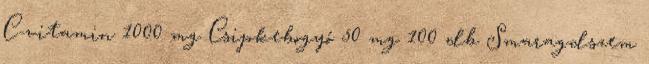
C-vitamin 1000 mg Csipkebogyó 50 mg 100 db Smaragdszem